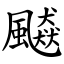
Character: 飇